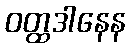
ဝတ္ထဒါနေန